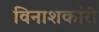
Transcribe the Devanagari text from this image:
विनाशकांरी